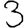
Digit: 3